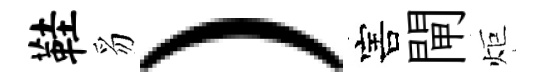
鞋豸）害閘炬